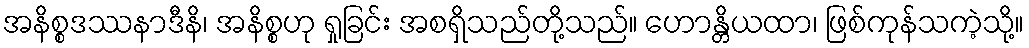
အနိစ္စဒဿနာဒီနိ၊ အနိစ္စဟု ရှုခြင်း အစရှိသည်တို့သည်။ ဟောန္တိယထာ၊ ဖြစ်ကုန်သကဲ့သို့။